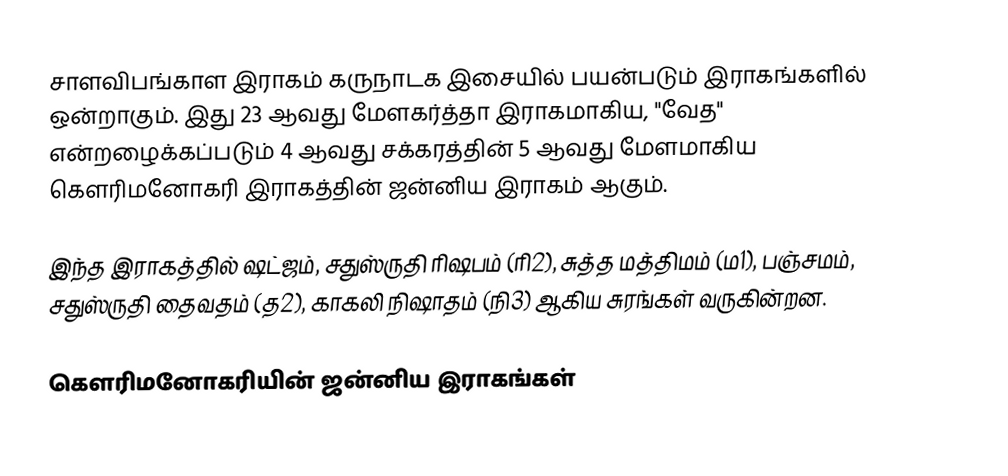
சாளவிபங்காள இராகம் கருநாடக இசையில் பயன்படும் இராகங்களில் ஒன்றாகும். இது 23 ஆவது மேளகர்த்தா இராகமாகிய, "வேத" என்றழைக்கப்படும் 4 ஆவது சக்கரத்தின் 5 ஆவது மேளமாகிய கௌரிமனோகரி இராகத்தின் ஜன்னிய இராகம் ஆகும்.

இந்த இராகத்தில் ஷட்ஜம், சதுஸ்ருதி ரிஷபம் (ரி2),  சுத்த மத்திமம் (ம1), பஞ்சமம்,  சதுஸ்ருதி தைவதம் (த2), காகலி நிஷாதம்  (நி3) ஆகிய சுரங்கள் வருகின்றன.

கௌரிமனோகரியின் ஜன்னிய இராகங்கள்